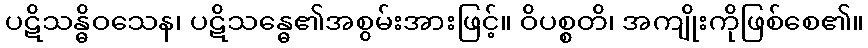
ပဋိသန္ဓိဝသေန၊ ပဋိသန္ဓေ၏အစွမ်းအားဖြင့်။ ဝိပစ္စတိ၊ အကျိုးကိုဖြစ်စေ၏။